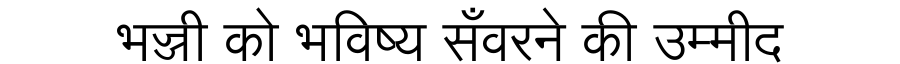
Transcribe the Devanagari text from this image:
भज्जी को भविष्य सँवरने की उम्मीद